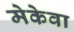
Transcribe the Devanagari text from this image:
मेकेवा